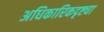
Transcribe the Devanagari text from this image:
अधिकारिकदृष्ट्या